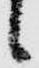
候